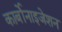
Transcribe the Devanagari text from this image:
कार्बोनाइजेशन